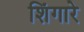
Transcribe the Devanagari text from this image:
शिंगारे